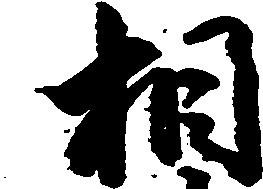
相